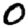
Digit: 0